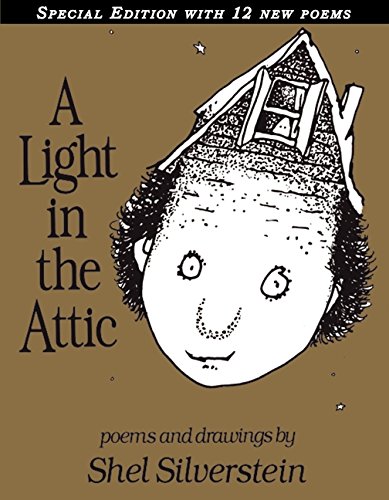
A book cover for A Light in the Attic Special Edition; Shel Silverstein; Children's Books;